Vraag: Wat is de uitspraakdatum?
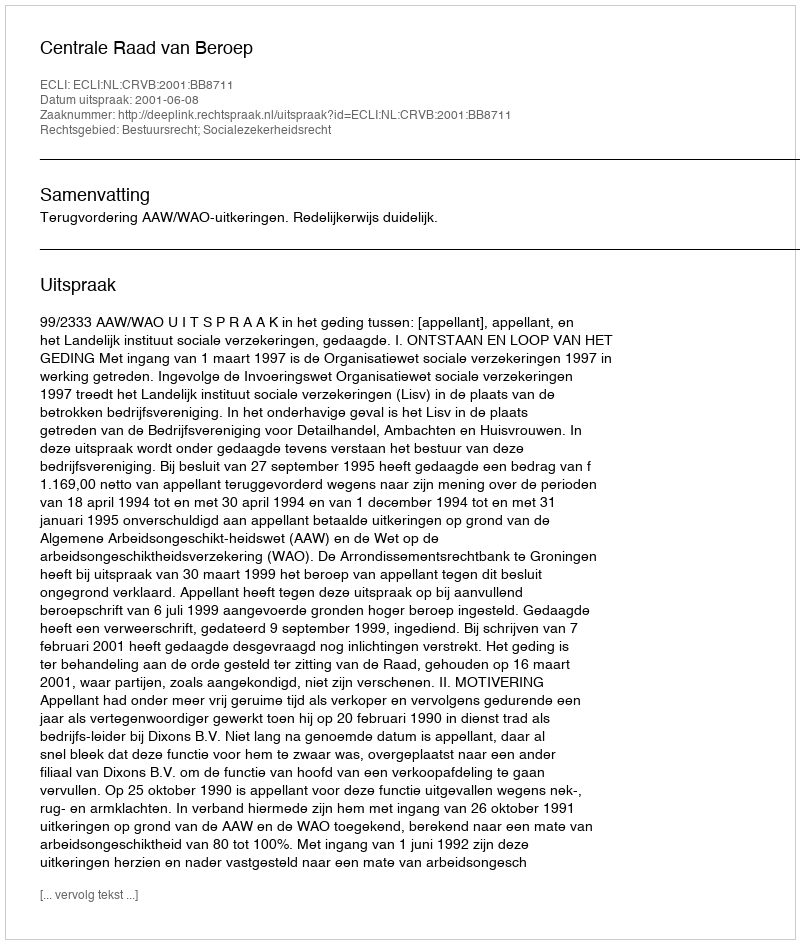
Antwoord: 2001-06-08